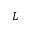
L